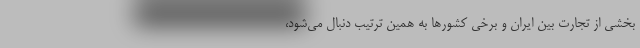
بخشی از تجارت بین ایران و برخی کشورها به همین ترتیب دنبال می‌شود،